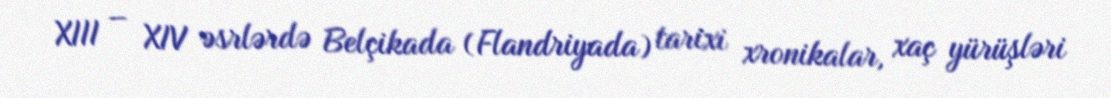
XIII – XIV əsrlərdə Belçikada (Flandriyada) tarixi xronikalar, xaç yürüşləri